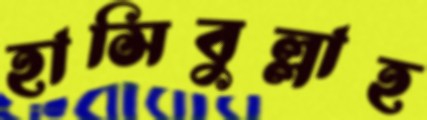
হাসিবুল্লাহ